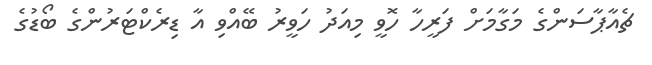
ޗެއާޕާސަންގެ މަގާމަށް ފަރީހާ ހޮވީ މިއަދު ހަވީރު ބޭއްވި އާ ޑިރެކްޓަރުންގެ ބޯޑުގެ